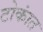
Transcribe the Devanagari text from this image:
टोकांत